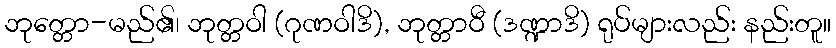
ဘုတ္တော-မည်၏၊ ဘုတ္တဝါ (ဂုဏဝါဒိ), ဘုတ္တာဝီ (ဒဏ္ဍာဒိ) ရုပ်များလည်း နည်းတူ။